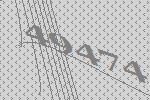
49474